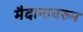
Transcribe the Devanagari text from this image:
मैदानावरुन